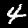
Digit: 4